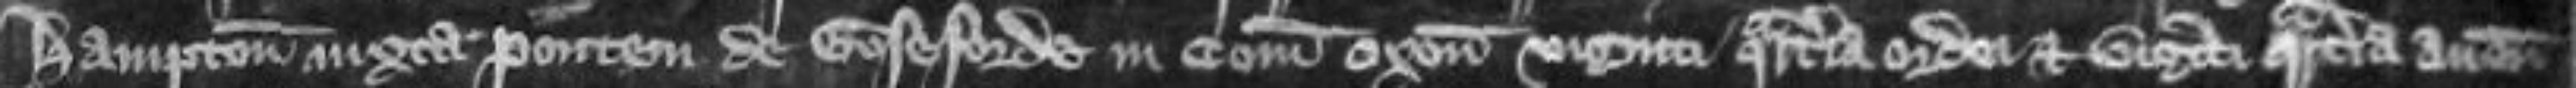
Hampton juxta pontem de Goseforde in comitatu Oxon viginti quarteria ordei et viginti quarteria avene